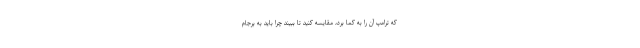
که ترامپ آن را به کما برد، مقایسه کنید تا ببیند چرا باید به برجام